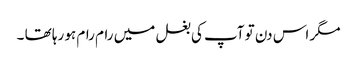
مگر اس دن تو آپ کی بغل میں رام رام ہو رہا تھا ۔